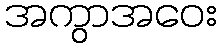
အကွာအဝေး